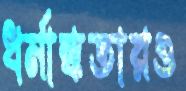
ধর্মান্ধতারও